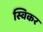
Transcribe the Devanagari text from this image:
स्विकर